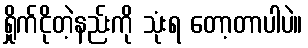
ရှိုက်ငိုတဲ့နည်းကို သုံးရ တော့တာပါပဲ။